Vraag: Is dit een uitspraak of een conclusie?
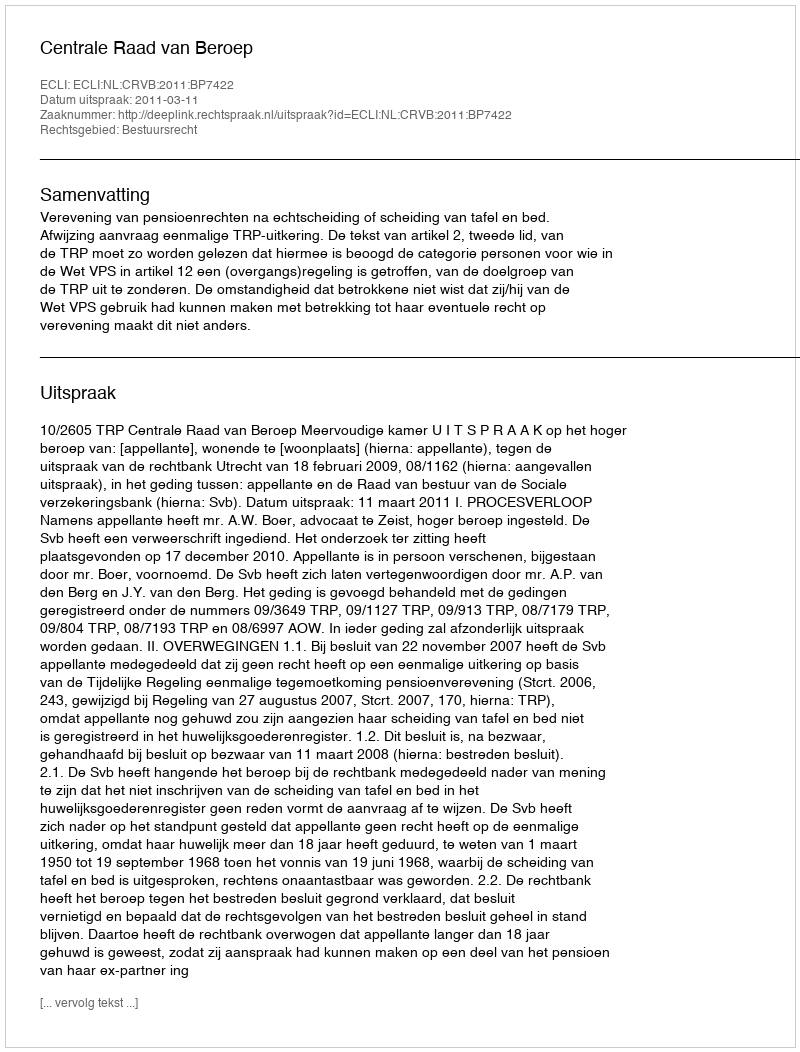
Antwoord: Uitspraak